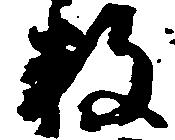
数